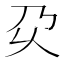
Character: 𰀬